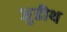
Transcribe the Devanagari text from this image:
जुडीथ